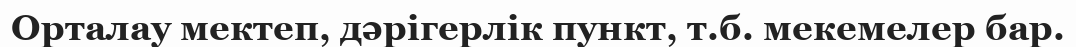
Орталау мектеп, дәрігерлік пункт, т.б. мекемелер бар.